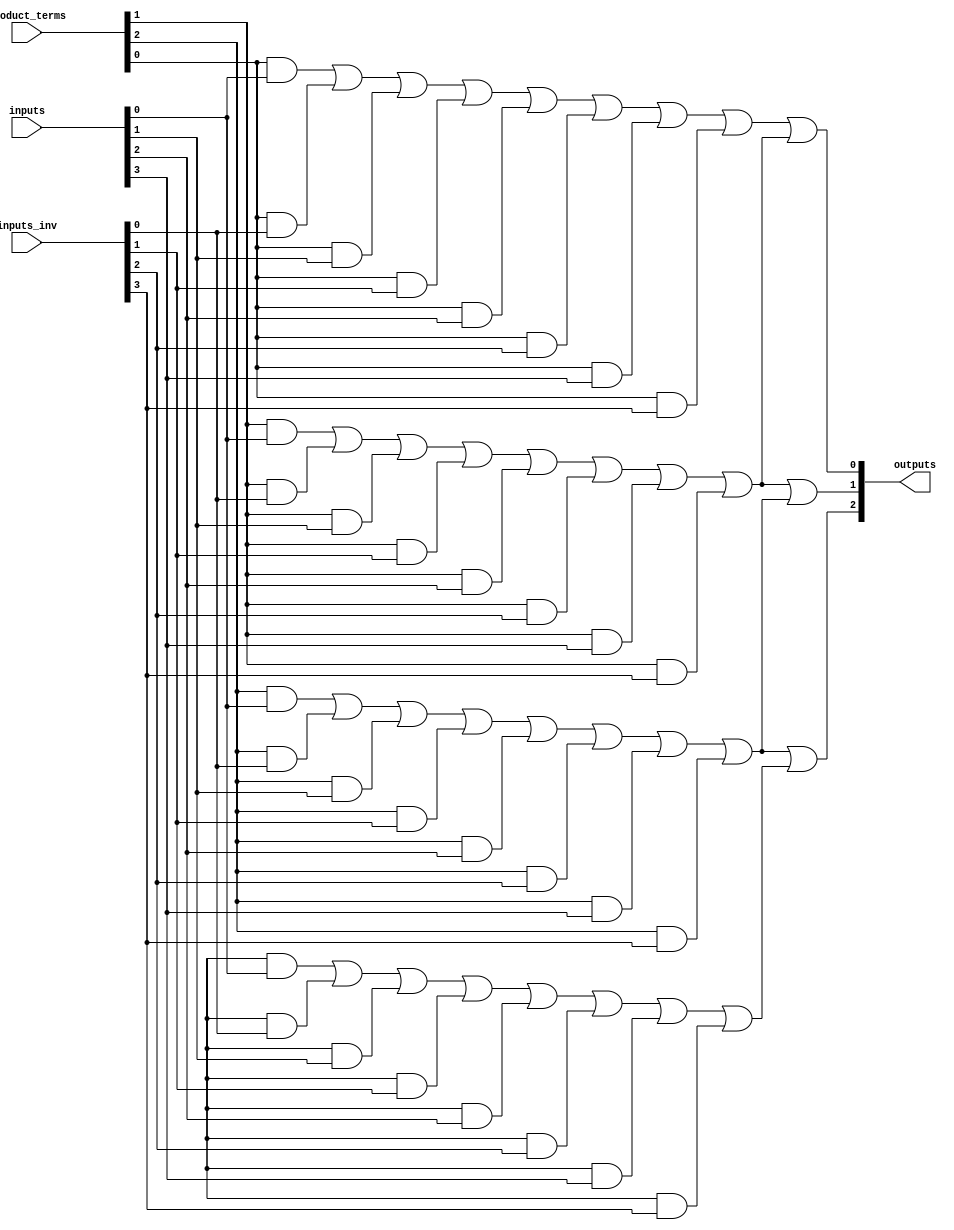
module SuperPAL (
    input [N-1:0] inputs,        // N inputs
    input [N-1:0] inputs_inv,    // Inverted inputs
    input [M-1:0] product_terms,  // Control signals for AND array
    output [M-1:0] outputs       // M outputs
);

// Parameter Definitions
parameter N = 4;               // Number of inputs
parameter M = 3;               // Number of outputs
parameter P = 4;               // Number of product terms in AND array

// Internal Signals
wire [P-1:0] and_out;          // Outputs of AND array
wire [M-1:0] or_out;           // Outputs of OR array

// AND Array Implementation
genvar i;
generate
    for (i = 0; i < P; i = i + 1) begin : and_array
        // Example of AND gates with direct and inverted inputs
        assign and_out[i] = (product_terms[i] & inputs[0]) |
                             (product_terms[i] & inputs_inv[0]) |
                             (product_terms[i] & inputs[1]) |
                             (product_terms[i] & inputs_inv[1]) |
                             (product_terms[i] & inputs[2]) |
                             (product_terms[i] & inputs_inv[2]) |
                             (product_terms[i] & inputs[3]) |
                             (product_terms[i] & inputs_inv[3]);
    end
endgenerate

// OR Array Implementation
genvar j;
generate
    for (j = 0; j < M; j = j + 1) begin : or_array
        assign outputs[j] = or_out[j]; // Connect OR outputs to final outputs
    end
endgenerate

// OR Gate Logic (combining AND outputs)
assign or_out[0] = and_out[0] | and_out[1]; // Example connections
assign or_out[1] = and_out[1] | and_out[2]; // Example connections
assign or_out[2] = and_out[2] | and_out[3]; // Example connections

endmodule